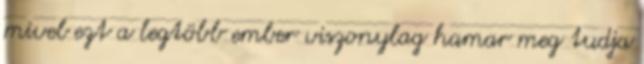
mivel ezt a legtöbb ember viszonylag hamar meg tudja